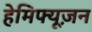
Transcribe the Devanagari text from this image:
हेमिफ्यूज़न